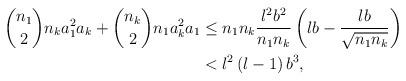
LaTeX: \begin{align*}\binom{n_{1}}{2}n_{k}a_{1}^{2}a_{k}+\binom{n_{k}}{2}n_{1}a_{k}^{2}a_{1} &\leq n_{1}n_{k}\frac{l^{2}b^{2}}{n_{1}n_{k}}\left( lb-\frac{lb}{\sqrt{n_{1}n_{k}}}\right) \\& <l^{2}\left( l-1\right) b^{3},\end{align*}